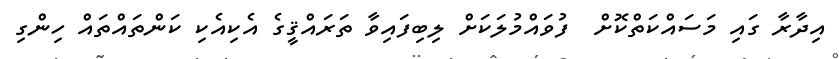
އިދާރާ ގައި މަސައްކަތްކޮށް  ފުވައްމުލަކަށް ލިބިފައިވާ ތަރައްޤީގެ އެކިއެކި ކަންތައްތައް ހިންގި